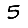
Digit: 5